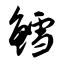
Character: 鳕